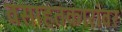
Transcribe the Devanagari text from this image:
वसाहतकारांवर